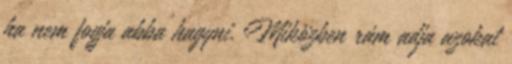
ha nem fogja abba hagyni. Miközben rám adja azokat